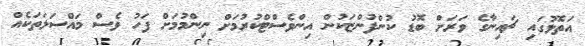
އަތޮޅުގައި ޗައިނާގެ ވަރަށް ބޮޑު ކުންފުންޏަކުން އިންވެސްޓްކުރުމަށް ނިންމުމަށް ފަހު ވެސް މައްސަލަތަކެއް